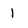
Character: l